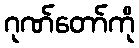
ဂုဏ်တော်ကို